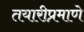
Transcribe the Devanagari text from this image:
तयारीप्रमाणे